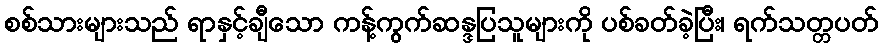
စစ်သားများသည် ရာနှင့်ချီသော ကန့်ကွက်ဆန္ဒပြသူများကို ပစ်ခတ်ခဲ့ပြီး၊ ရက်သတ္တပတ်